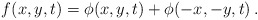
\begin{align*}f(x, y, t) = \phi(x, y, t) + \phi( -x, -y, t)\,.\end{align*}